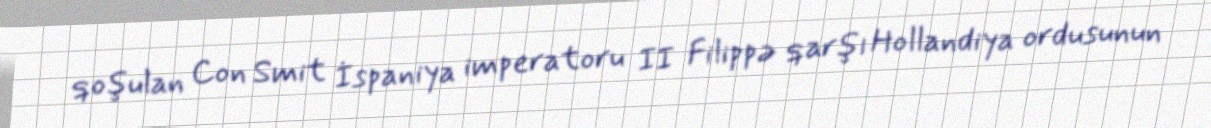
qoşulan Con Smit İspaniya imperatoru II Filippə qarşı Hollandiya ordusunun